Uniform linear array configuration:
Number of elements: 8
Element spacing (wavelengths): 0.25
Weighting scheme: blackman
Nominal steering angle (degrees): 15
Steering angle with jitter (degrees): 16.981
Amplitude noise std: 0.05
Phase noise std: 0.05

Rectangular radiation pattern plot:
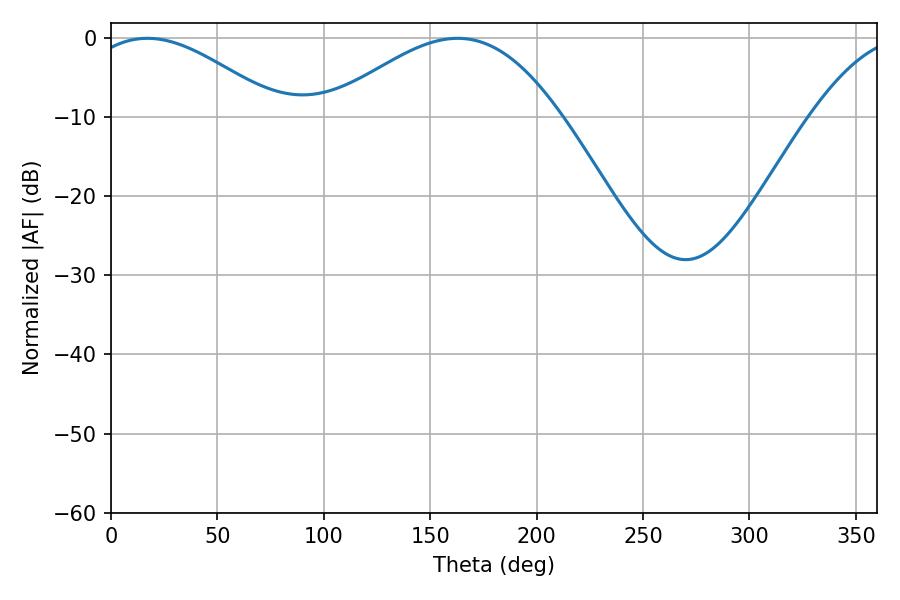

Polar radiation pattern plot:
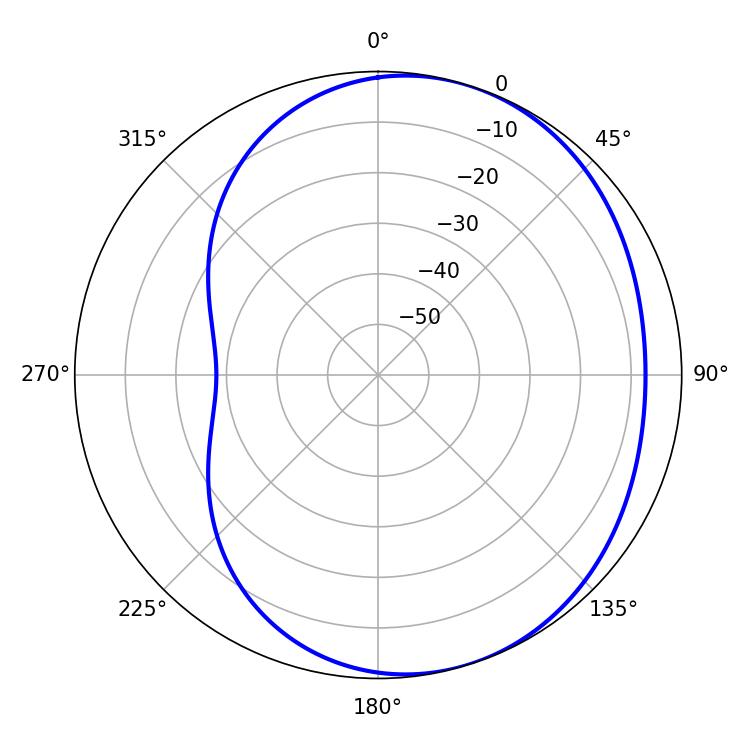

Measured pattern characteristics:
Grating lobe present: FALSE
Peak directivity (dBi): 3.967
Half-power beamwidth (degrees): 49.5
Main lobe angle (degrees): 17.1